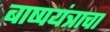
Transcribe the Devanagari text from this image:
बाष्पयंत्राचा